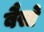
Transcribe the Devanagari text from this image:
बैसो